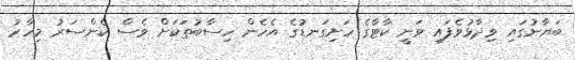
ބަޔާނުގައި ވިދާޅުވެފައި ވަނީ ކާޓާގެ ހަށިގަނޑުގެ އެހެން ހިސާބުތަކަށް ވެސް ކެންސަރު މިހާރު